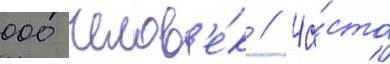
000 челов'е́к // Ча́сто